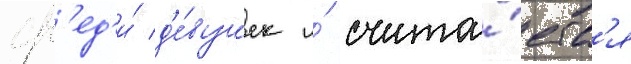
ср'ед'и́ д'е́вушек и́ счита́етс'я